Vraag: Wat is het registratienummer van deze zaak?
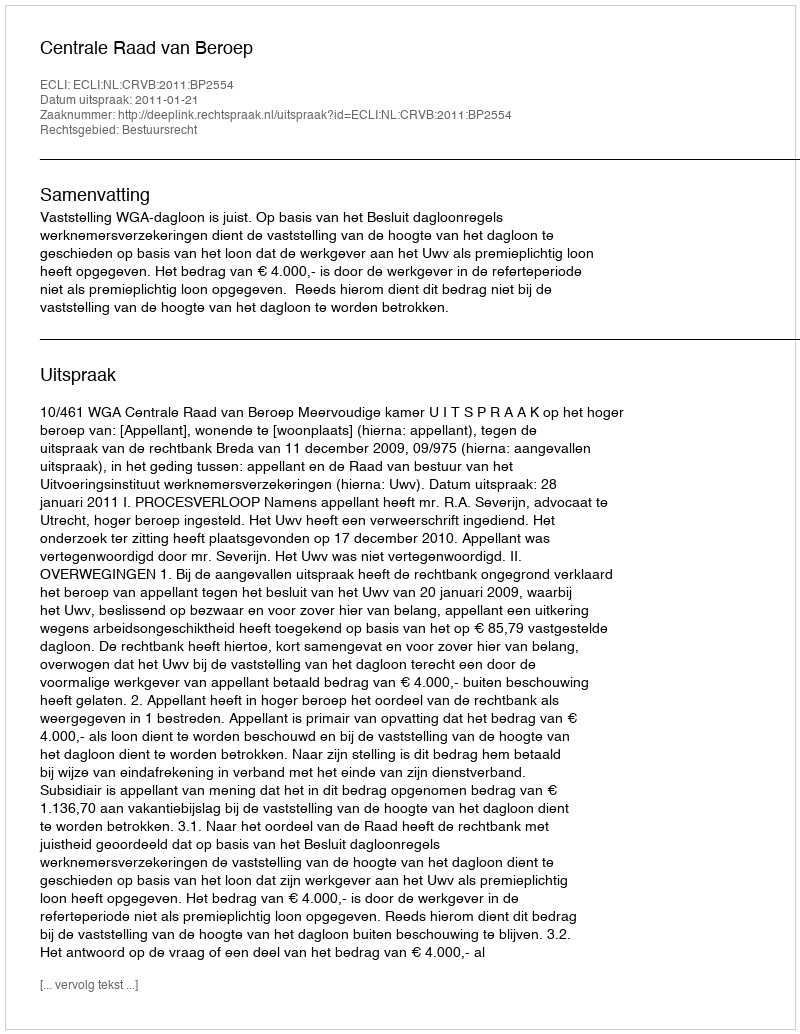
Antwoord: http://deeplink.rechtspraak.nl/uitspraak?id=ECLI:NL:CRVB:2011:BP2554